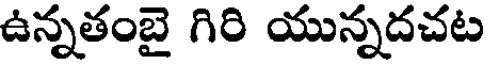
ఉన్నతంబై గిరి యున్నదచట